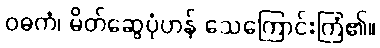
ဝဓကံ၊ မိတ်ဆွေပုံဟန် သေကြောင်းကြံ၏။